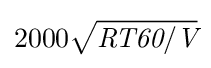
2000{\sqrt {{\textit {RT60}}/{\textit {V}}}}